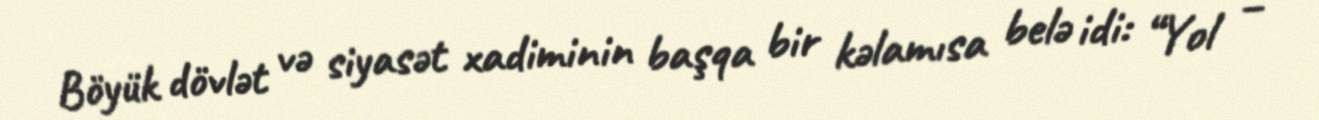
Böyük dövlət və siyasət xadiminin başqa bir kəlamısa belə idi: “Yol –